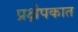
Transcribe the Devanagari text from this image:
प्रक्षेपकात